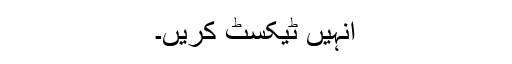
انہیں ٹیکسٹ کریں۔